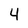
Character: 4